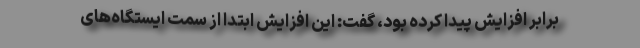
برابر افزایش پیدا کرده بود، گفت: این افزایش ابتدا از سمت ایستگاه‌های